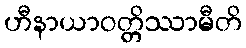
ဟီနာယာဝတ္တိဿာမီတိ